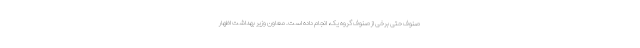
صنوف حتی برخی از صنوف گروه یک، انجام داده است. معاون وزیر بهداشت اظهار